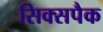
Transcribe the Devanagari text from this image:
सिक्सपैक